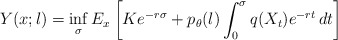
\begin{align*}Y(x;l) =\inf_{\sigma}E_x\left[ Ke^{-r\sigma}+p_{\theta}(l)\int_{0}^{\sigma}q(X_t)e^{-rt}\,dt \right] \end{align*}